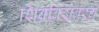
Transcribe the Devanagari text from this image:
शिवीबरोबरच